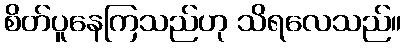
စိတ်ပူနေကြသည်ဟု သိရလေသည်။